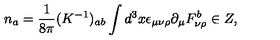
n _ { a } = \frac { 1 } { 8 \pi } ( K ^ { - 1 } ) _ { a b } \int d ^ { 3 } x \epsilon _ { \mu \nu \rho } \partial _ { \mu } F _ { \nu \rho } ^ { b } \in Z ,